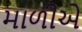
માળીએ